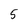
Character: 5